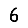
Digit: 6